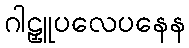
ဂါဠှူပလေပနေန